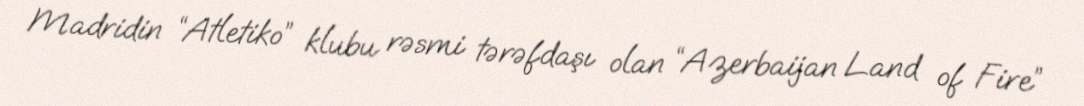
Madridin “Atletiko” klubu rəsmi tərəfdaşı olan “Azerbaijan Land of Fire”